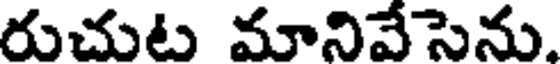
రుచుట మానివేసెను.